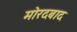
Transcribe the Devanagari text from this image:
मोरदबाद